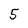
Character: 5